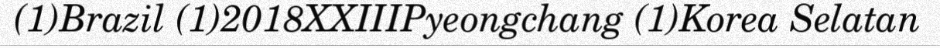
(1)Brazil (1)2018XXIIIPyeongchang (1)Korea Selatan